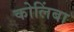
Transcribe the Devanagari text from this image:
कोलिंबा